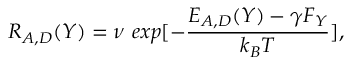
\, \, R _ { A , D } ( Y ) = \nu \ e x p [ - \frac { E _ { A , D } ( Y ) - \gamma F _ { Y } } { k _ { B } T } ] ,